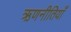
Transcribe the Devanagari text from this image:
ऋणनीतियाँ